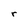
Character: r